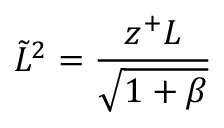
\tilde { L } ^ { 2 } = \frac { z ^ { + } L } { \sqrt { 1 + \beta } }